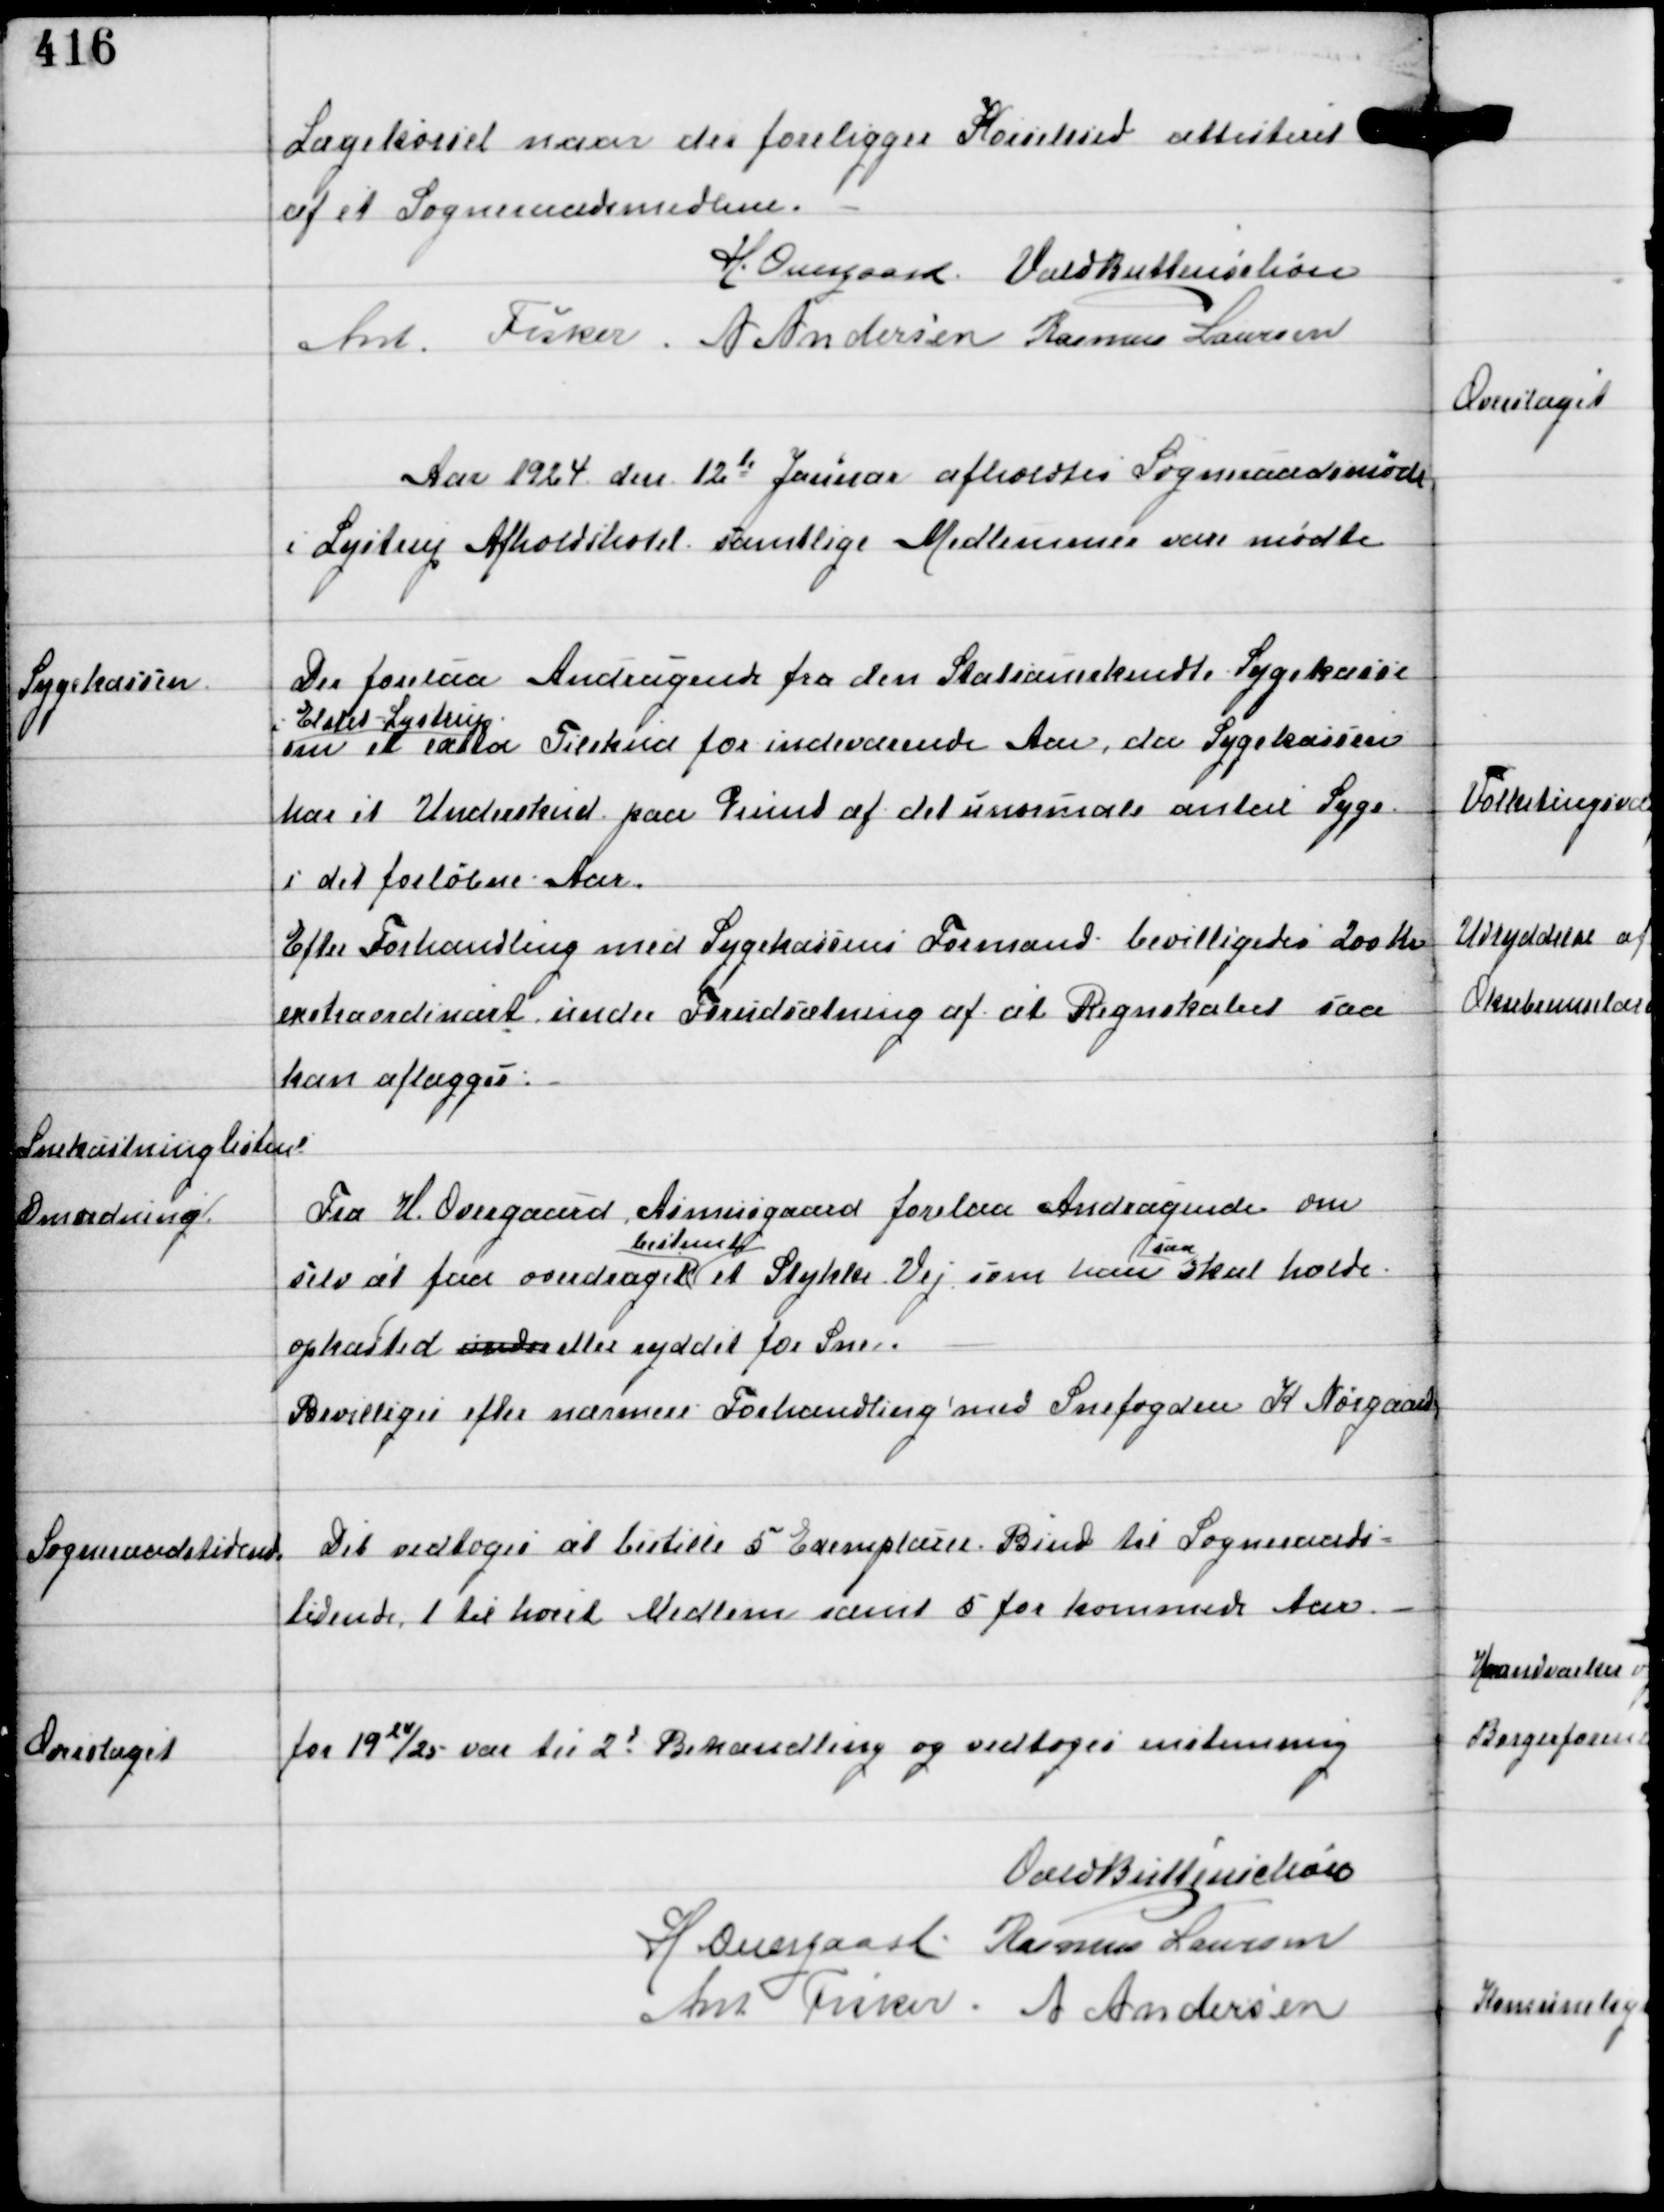
Transskription:
Lægekørsel naar der foreligger Kørselssted attesteret
af et Sogneraadsmedlem.

H. Overgaard Vald Buttenschøn
Ant Fisker A Andersen Rasmus Laursen

Aar 1924 den 12te Januar afholdtes Sogneraadsmøde
i Lystrup Afholdshotel samtlige Medlemmer vare mødte

Sygekassen

Der forelaa Andragende fra den Statsanerkendte Sygekasse
i Elsted-Lystrup
om et extra Tilskud for indeværende Aar, da Sygekassen
har et Underskud paa Grund af det unormale antal Syge
i det forløbne Aar.
Efter Forhandling med Sygekasssens Formand bevilligedes 200 Kr
extraordinært under forudsætning af at Regnskabet saa
kan aflægges.

Snekastninglisten
Omordning ⁒

Fra H. Overgaard Asmusgaard forelaa Andragende om
selv at faa overdraget et
bestemt
Stykke Vej, som han
saa
skal holde
opkasted under eller ryddet for Sne.
Bevilliges efter nærmere Forhandling med Snefogden K Nørgaard

Sogneraadstidende

Det vedtoges at bestille 5 Exemplarer Bind til Sogneraads-
tidende 1 til hvert Medlem samt 5 for kommende Aar.

Overslaget

for 1924/25 var til 2d Behandling og vedtoges enstemmig

Vald Buttenschøn
H Overgaard Rasmus Laursen
Ant Fisker A Andersen